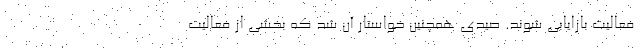
فعالیت بازایابی شوند. صیدی همچنین خواستار آن شد که بخشی از فعالیت